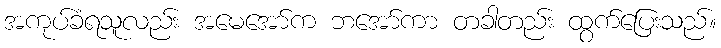
အကုပ်ခံရသူလည်း အမေအော်က ဘအော်ကာ တခါတည်း ထွက်ပြေးသည်။